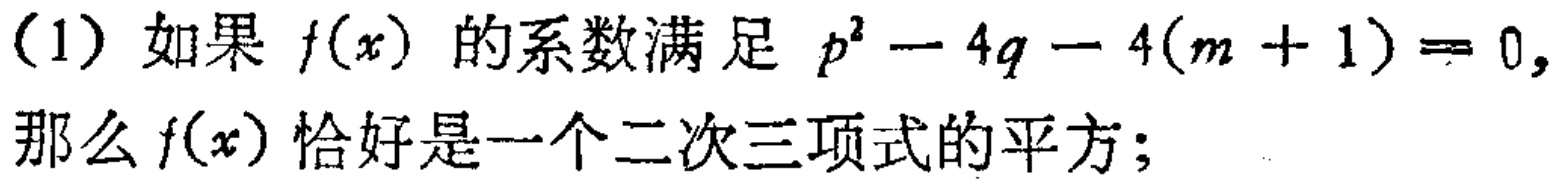
（1）如果 \(f(x)\) 的系数满足 \(p^{2}-4q - 4(m + 1)=0,\) 那么 \(f(x)\) 恰好是一个二次三项式的平方；